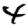
Digit: 4